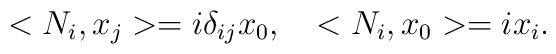
<N_i, x_j> = i \delta_{ij} x_0, \quad <N_i, x_0> = i  x_i.